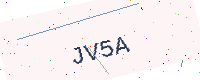
Text: JV5A